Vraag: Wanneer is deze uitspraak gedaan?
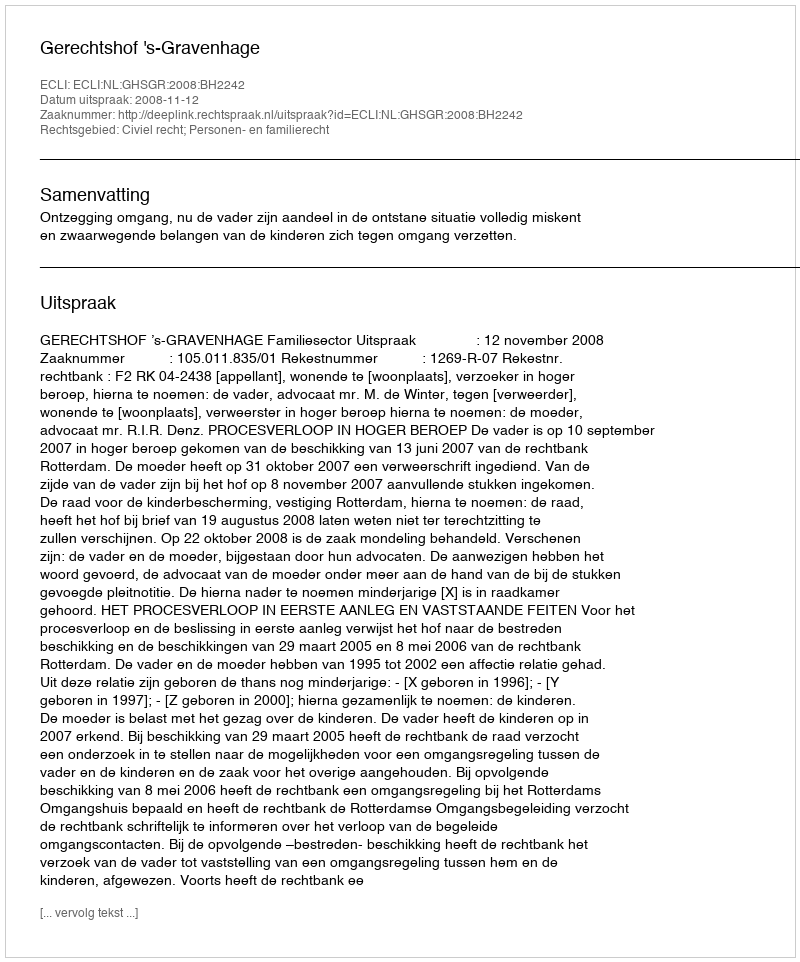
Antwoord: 2008-11-12